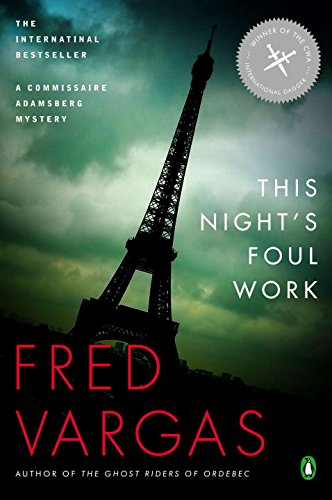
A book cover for This Night's Foul Work: A Commissaire Adamsberg Mystery (Chief Inspector Adamsberg Mysteries); Fred Vargas; Literature & Fiction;